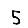
Digit: 5